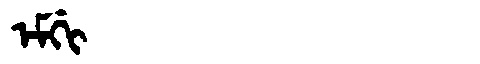
Manchu: ᡝᠮᡤᡳ
Romanization: EMGI